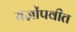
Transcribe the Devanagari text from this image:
यज्ञोंपवीत